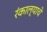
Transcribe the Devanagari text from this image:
रंकाल्याचे